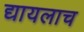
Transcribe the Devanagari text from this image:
द्यायलाच